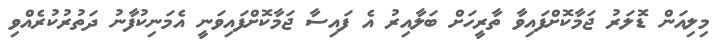
މިލިއަން ޑޮލަރު ޖަމާކޮށްފައިވާ ތާރީހަށް ބަލާއިރު އެ ފައިސާ ޖަމާކޮށްފައިވަނީ އެމަނިކުފާނު ދަތުރުކުރެއްވި